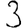
Digit: 3